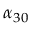
\alpha _ { 3 0 }